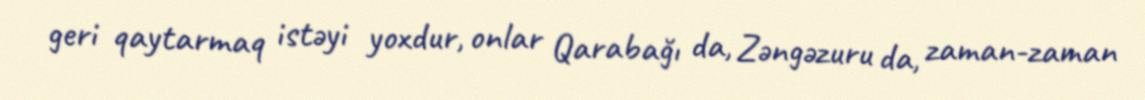
geri qaytarmaq istəyi yoxdur, onlar Qarabağı da, Zəngəzuru da, zaman-zaman